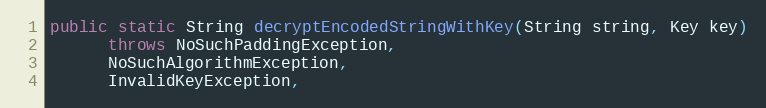
Language: Java
public static String decryptEncodedStringWithKey(String string, Key key)
      throws NoSuchPaddingException,
      NoSuchAlgorithmException,
      InvalidKeyException,